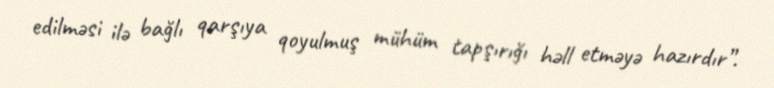
edilməsi ilə bağlı qarşıya qoyulmuş mühüm tapşırığı həll etməyə hazırdır”.